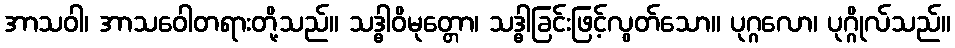
အာသဝါ၊ အာသဝေါတရားတို့သည်။ သဒ္ဓါဝိမုတ္တော၊ သဒ္ဓါခြင်းဖြင့်လွတ်သော။ ပုဂ္ဂလော၊ ပုဂ္ဂိုလ်သည်။